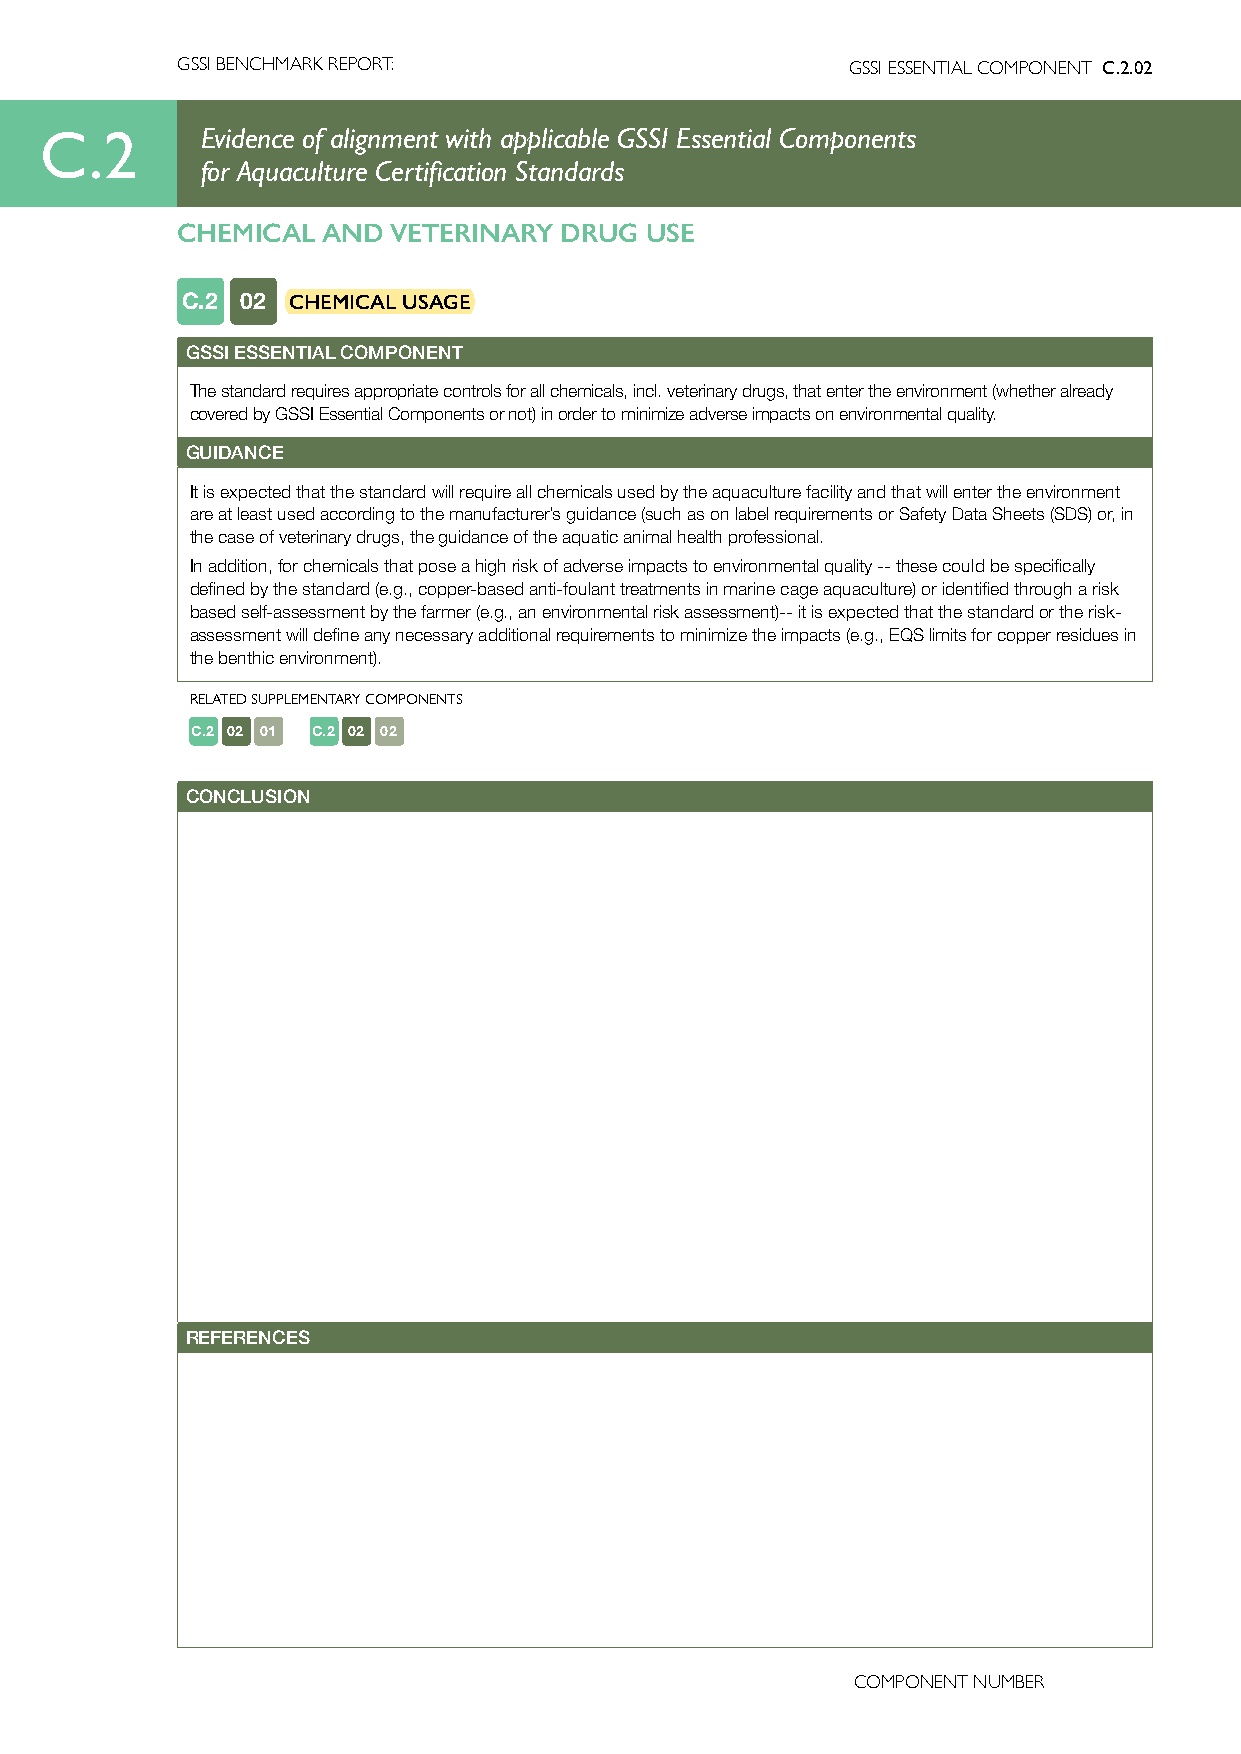
GSSI BENCHMARK REPORT:                      GSSI ESSENTIAL COMPONENT C.2.02
 C.2       Evidence of alignment with applicable GSSI Essential Components
 for Aquaculture Certification Standards
 CHEMICAL AND  VETERINARY DRUG  USE
 C.2 02 CHEMICAL USAGE
 GSSI ESSENTIAL COMPONENT
 The standard requires appropriate controls for all chemicals, incl. veterinary drugs, that enter the environment (whether already
 covered by GSSI Essential Components or not) in order to minimize adverse impacts on environmental quality.
 GUIDANCE
 It is expected that the standard will require all chemicals used by the aquaculture facility and that will enter the environment
 are at least used according to the manufacturer’s guidance (such as on label requirements or Safety Data Sheets (SDS) or, in
 the case of veterinary drugs, the guidance of the aquatic animal health professional.
 In addition, for chemicals that pose a high risk of adverse impacts to environmental quality -- these could be specifically
 defined by the standard (e.g., copper-based anti-foulant treatments in marine cage aquaculture) or identified through a risk
 based self-assessment by the farmer (e.g., an environmental risk assessment)-- it is expected that the standard or the risk-
 assessment will define any necessary additional requirements to minimize the impacts (e.g., EQS limits for copper residues in
 the benthic environment).
 RELATED SUPPLEMENTARY COMPONENTS
 C.2 02 01 C.2 02 02
 CONCLUSION
 REFERENCES
 COMPONENT NUMBER